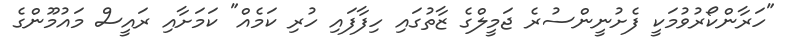
"ހަރާންކޯރުވުމަކީ ފެށުނީންސުރެ ޖަމީލްގެ ޒާތުގައި ހިފާފައި ހުރި ކަމެއް" ކަމަށާއި ރައީސް މައުމޫންގެ